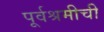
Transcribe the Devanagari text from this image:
पूर्वश्रमीची